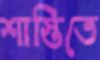
শাস্তিতে